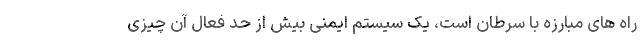
راه های مبارزه با سرطان است، یک سیستم ایمنی بیش از حد فعال آن چیزی